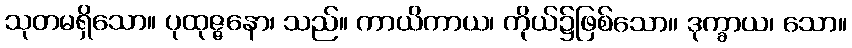
သုတမရှိသော။ ပုထုဇ္ဇနော၊ သည်။ ကာယိကာယ၊ ကိုယ်၌ဖြစ်သော။ ဒုက္ခာယ၊ သော။